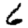
Digit: 6